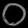
Digit: ၀